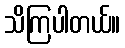
သိကြပါတယ်။